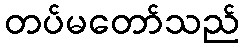
တပ်မတော်သည်